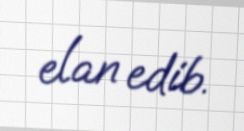
elan edib.